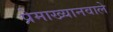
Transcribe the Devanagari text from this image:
प्रेमाख्यानवाले